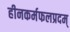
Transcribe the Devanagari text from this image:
हीनकर्मफलप्रदम्